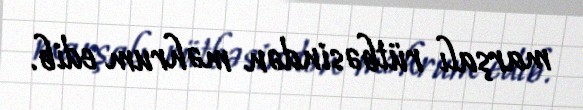
marşalı rütbəsindən məhrum edib.